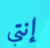
إنتي